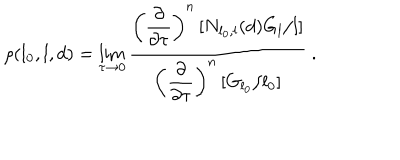
\rho ( l _ { 0 } , l , d ) = \lim _ { \tau \to 0 } { \frac { \displaystyle { \left( { \frac { \partial } { \partial \tau } } \right) ^ { n } \left[ N _ { l _ { 0 } , l } ( d ) G _ { l } / l \right] } } { \displaystyle { \left( { \frac { \partial } { \partial \tau } } \right) ^ { n } \left[ G _ { l _ { 0 } } / l _ { 0 } \right] } } } \ .